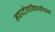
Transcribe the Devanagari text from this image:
नवरदेवाविषयीच्या